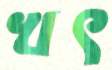
খৎ